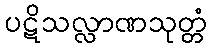
ပဋိသလ္လာဏသုတ္တံ